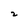
Character: 2